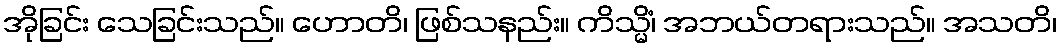
အိုခြင်း သေခြင်းသည်။ ဟောတိ၊ ဖြစ်သနည်း။ ကိသ္မိံ၊ အဘယ်တရားသည်။ အသတိ၊